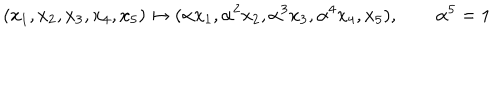
( x _ { 1 } , x _ { 2 } , x _ { 3 } , x _ { 4 } , x _ { 5 } ) \mapsto ( \alpha x _ { 1 } , \alpha ^ { 2 } x _ { 2 } , \alpha ^ { 3 } x _ { 3 } , \alpha ^ { 4 } x _ { 4 } , x _ { 5 } ) , \qquad \alpha ^ { 5 } = 1